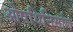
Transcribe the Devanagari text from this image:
ओषधिनिर्माण